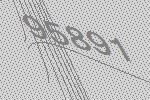
95891